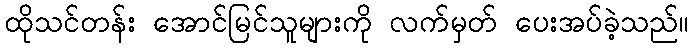
ထိုသင်တန်း အောင်မြင်သူများကို လက်မှတ် ပေးအပ်ခဲ့သည်။